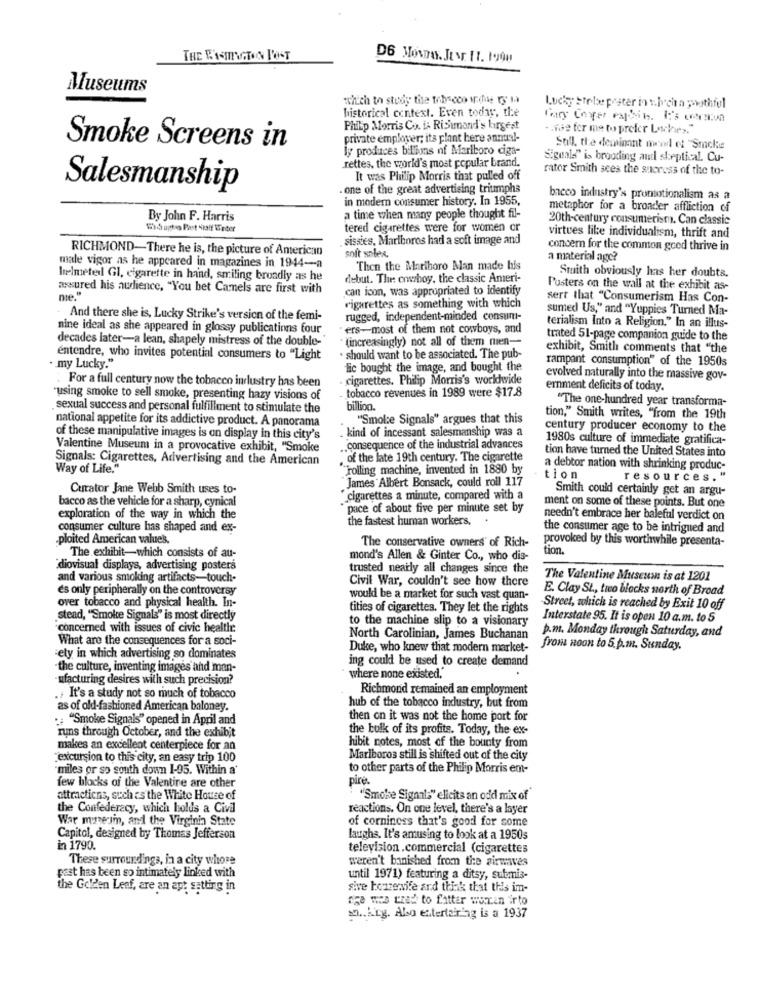
THE WASHINGTON POST
D6 MONDAY, JUNE. IT. 1990
Museums
which to study the tobacco de ty Ia
historical context. Even today, the
Lucky stolte prater int.hocha youthful
Philip Morris Co. is Rishimand's largest
.432 ter me to prefer Laches."
private employer; its plant here annual-
Smoke Screens in
ly produces billions nf Marlboro ciga-
Sull. the dominant mood el "Smoke
rettes. the world's most popular brand.
"iguald" is brooding and skeptical. Cu-
rator Smith sees the success of the to-
It was Philip Morris that pulled off
Salesmanship
. one of the great advertising triumphs
in modern consumer history. In 1955,
bacco industry's promotionalism as a
metaphor for a broader affliction of
By John F. Harris
a time when many people thought fil-
20th-century consumerism. Can classic
tered cigarettes were for women or
virtues like individualism, thrift and
sissies, Marlboros had a soft image and
RICHMOND-There he is, the picture of Anterican
concern for the common good thrive in
male vigor as he appeared in magazines in 1944-a
soft solex.
a material age?
Then the Mariboro Man made his
helmeted Gl, cigarette in hand, smiling broadly as he
debut. The: cowboy, the classic Ameri-
Stuith obviously has her doubts.
assured his audience, "You bet Camels are first with
can icon, was appropriated to Identify
Posters on the wall at the exhibit as-
sert that "Consumerism Has Con-
rigarettes as something with which
sumed Us," and "Yuppies Turned Ma-
- , And there she is, Lucky Strike's version of the femi-
rugged, independent-minded consum-
nine ideal as she appeared in glossy publications four
ers -- most of them not cowboys, and
terialism Into a Religion." In an illus-
decades later-a lean, shapely mistress of the double-'
. (increasingly) not all of them men-
trated 51-page companion guide to the
exhibit, Smith comments that "the
entendre, who invites potential consumers to "Light
· should want to be associated. The pub-
rampant consumption" of the 1950s
my Lucky."
lic bought the image, and bought the
cigarettes. Philip Morris's worldwide
evolved naturally into the massive gov-
: For a full century now the tobacco industry has been
tobacco revenues in 1989 were $17.8
ernment deficits of today.
using smoke to sell smoke, presenting hazy visions of
"The one-hundred year transforma-
sexual success and personal fulfillment to stimulate the
billion.
national appetite for its addictive product. A panorama
"Smoke Signals" argues that this
tion," Smith writes, "from the 19th
century producer economy to the
of these manipulative images is on display in this city's
. kind of incessant salesmanship was a
1980s culture of immediate gratifica-
Valentine Museum in a provocative exhibit, "Smoke
.. consequence of the industrial advances
tion have turned the United States into
Signals: Cigarettes, Advertising and the American
of the late 19th century. The cigarette
Way of Life."
"Tolling machine, invented in 1880 by
a debtor nation with shrinking produc-
James Albert Bonsack, could roll 117
tion
resources. "
Curator Jane Webb Smith uses to-
Smith could certainly get an argu-
bacco as the vehicle for a sharp, cynical
. cigarettes a minute, compared with a
ment on some of these points. But one
pace of about five per minute set by
exploration of the way in which the
the fastest human workers.
.
needn't embrace her baleful verdict on
consumer culture has shaped and ex-
the consumer age to be intrigued and
-ploited American values.
provoked by this worthwhile presenta-
The conservative owners of Rich-
tion.
The exhibit-which consists of au-
mond's Allen & Ginter Co ., who dis-
diovisual displays, advertising posters
trusted nearly all changes since the
and various smoking artifacts-touch-
Civil War, couldn't see how there
The Valentine Museum is at 1201
es only peripherally on the controversy
E. Clay St ., two blocks north of Broad
over tobacco and physical health. In-
would be a market for such vast quan-
tities of cigarettes. They let the rights
Street, which is reached by Exit 10 off
stead, "Smoke Signals" is most directly
to the machine slip to a visionary
Interstate 95. It is open 10 a.m. to 5
concerned with issues of civic health:
p.m. Monday through Saturday, and
What are the consequences for a soci-
North Carolinian, James Buchanan
Duke, who knew that modern market-
from noon to 5.p.m. Sunday,
ely in which advertising so dominates
ing could be used to create demand
the culture, inventing images and man-
ufacturing desires with such precision?
where none existed,
Richmond remained an employment
., It's a study not so much of tobacco
as of old-fashioned American baloney.
hub of the tobacco industry, but from
.: "Smoke Signals" opened in April and
then on it was not the home port for
runs through October, and the exhibit
the bulk of its profits. Today, the ex-
makes an excellent centerpiece for an
hibit notes, most of the bounty from
"excursion to this city, an easy trip 100
Mariboros still is shifted out of the city
miles or so south down 1-95. Within a'
to other parts of the Philip Morris em-
pire.
few blocks of the Valentire are other
attractions, such as the White House of
"Smoke Signals" elicits an odd mix of"
the Confederacy, which holds a Civil
reactions. On one level, there's a layer
War museum, and the Virginin State
of corniness that's good for some
Capitol, designed by Thomas Jefferson
laughs. It's amusing to look at a 1950s
in 1790.
television .commercial (cigarettes
These surroundings, in a city whose
weren't banished from the airwaves
pest has been so intimately linked with
until 1971) featuring a ditsy, submis-
the Golden Leaf, are an apt setting in
sive housewife and think that this im-
age wes cred to fatter warin irto
12.Ang. Also entertaining is a 1937